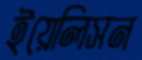
ইয়েলিসন